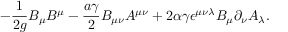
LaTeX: - { \frac { 1 } { 2 g } } B _ { \mu } B ^ { \mu } - { \frac { a \gamma } { 2 } } B _ { \mu \nu } A ^ { \mu \nu } + 2 \alpha \gamma \epsilon ^ { \mu \nu \lambda } B _ { \mu } \partial _ { \nu } A _ { \lambda } .